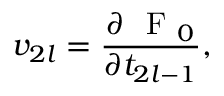
v _ { 2 l } = \frac { \partial \mathrm { ~ \cal ~ F ~ } _ { 0 } } { \partial t _ { 2 l - 1 } } ,